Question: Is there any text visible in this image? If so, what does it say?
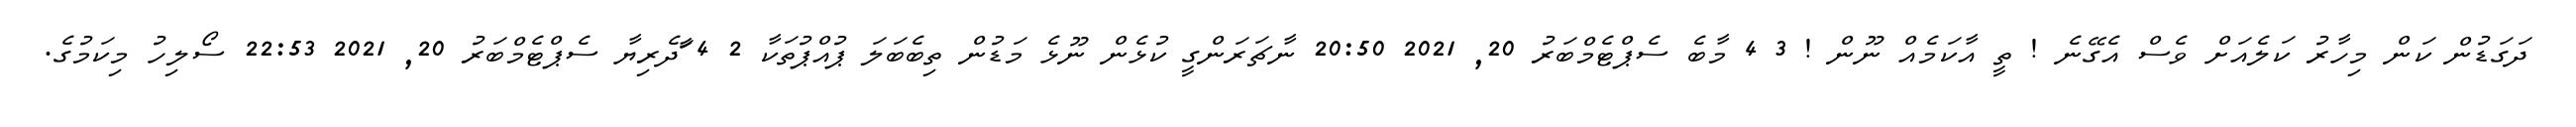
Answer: ދަގަޑުން ކަން މިހާރު ކަލެއަށް ވެސް އެގޭނެ ! ތީ އާކަމެއް ނޫން ! 3 4 މާބެ ސެޕްޓެމްބަރު 20, 2021 20:50 ނާޗަރަންގީ ކުޅެން ނޫޅެ މަޑުން ތިބެބަލަ ޕުއްޕުތަކާ 2 4 ާަދެރިޔާ ސެޕްޓެމްބަރު 20, 2021 22:53 ސޯލިހު މިކަމުގެ.